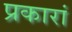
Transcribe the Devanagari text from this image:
प्रकारां